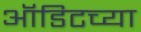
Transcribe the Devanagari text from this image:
ऑडिटच्या